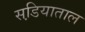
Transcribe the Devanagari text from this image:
सडि़याताल